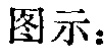
图示：